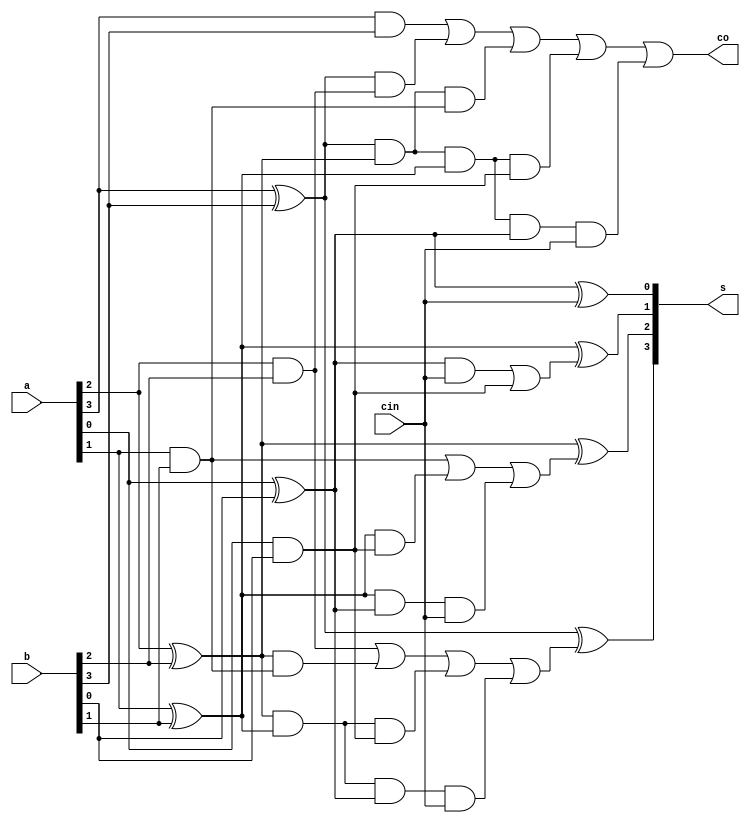
module adder4cla(s,co,a,b,cin);
    input cin;
    input [3:0]a, b;
    output [3:0]s;
    output co;
    wire g0,g1,g2,g3,p0,p1,p2,p3,co0,co1,co2;
    wire t0,t1,t2,t3,r0,r1,s0,s1,s2,q;
    and(g0,a[0],b[0]);
    and(g1,a[1],b[1]);
    and(g2,a[2],b[2]);
    and(g3,a[3],b[3]);
    xor(p0,a[0],b[0]);
    xor(p1,a[1],b[1]);
    xor(p2,a[2],b[2]);
    xor(p3,a[3],b[3]);
    and(t0, p3, g2);
    and(t1,p3,p2,g1);
    and(t2,p3,p2,p1,g0);
    and(t3,p3,p2,p1,p0,cin);
    and(s0,p2,g1);
    and(s1,p2,p1,g0);
    and(s2,p2,p1,p0,cin);
    and(r0,p1,g0);
    and(r1,p1,p0,cin);
    and(q,p0,cin);
    or(co0,q,g0);
    or(co1,g1,r0,r1);
    or(co2,g2,s0,s1,s2);
    or(co,g3,t0,t1,t2,t3);
    xor(s[0],p0,cin);
    xor(s[1],p1,co0);
    xor(s[2],p2,co1);
    xor(s[3],p3,co2);
endmodule